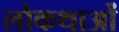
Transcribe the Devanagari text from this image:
लोकथाओं